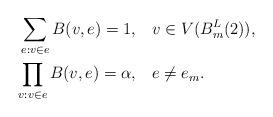
LaTeX: \begin{align*}\sum_{e:v\in e}B(v,e)=1, & ~~~v\in V(B_m^L(2)),\\\prod_{v:v\in e}B(v,e)=\alpha, & ~~~e\neq e_{m}.\end{align*}